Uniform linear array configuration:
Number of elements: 4
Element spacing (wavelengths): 0.75
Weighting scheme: blackman
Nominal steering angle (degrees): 45
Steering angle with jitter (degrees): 43.338
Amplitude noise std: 0.05
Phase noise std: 0.05

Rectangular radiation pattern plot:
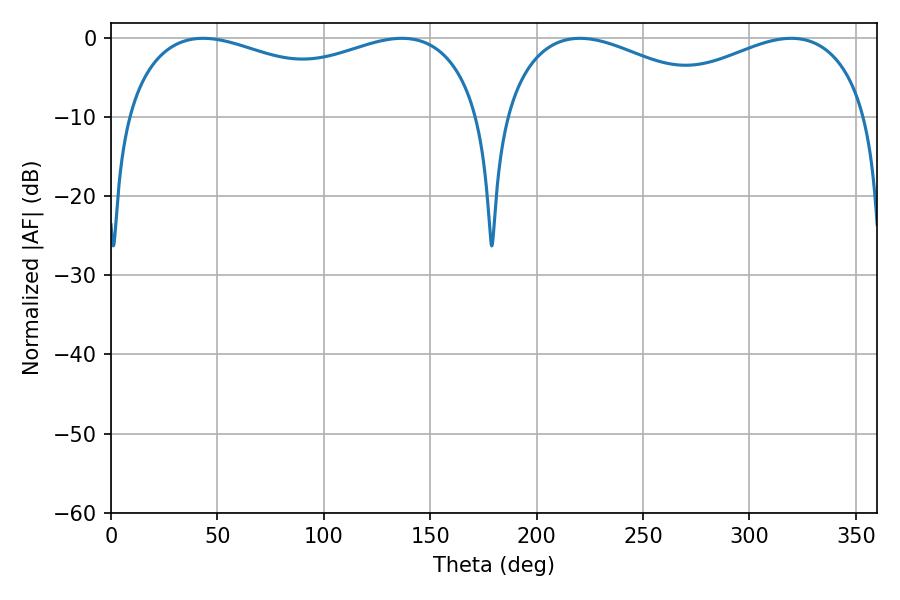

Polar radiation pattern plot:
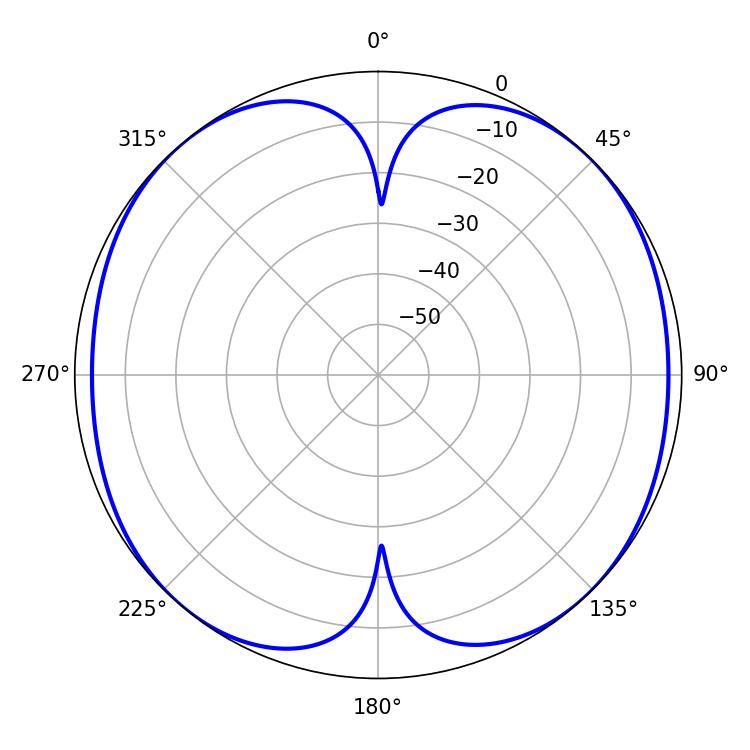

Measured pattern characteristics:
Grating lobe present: TRUE
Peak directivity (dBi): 13.997
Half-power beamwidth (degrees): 60.48
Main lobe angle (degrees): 220.32